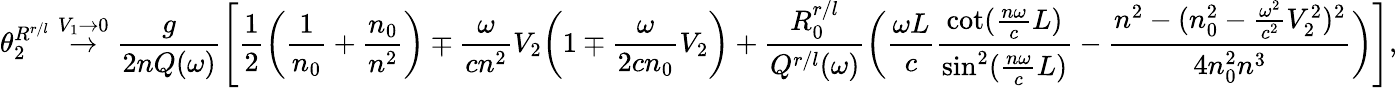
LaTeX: \theta_{2}^{R^{r/l}}\stackrel{V_{1}\rightarrow 0}{\rightarrow}\frac{g}{2nQ(\omega)}\left[\frac{1}{2}\bigg(\frac{1}{n_{0}}+\frac{n_{0}}{n^{2}}\bigg)\mp\frac{\omega}{cn^{2}}V_{2}\bigg(1\mp\frac{\omega}{2cn_{0}}V_{2}\bigg)+\frac{R_{0}^{r/l}}{Q^{r/l}(\omega)}\bigg(\frac{\omega L}{c}\frac{\cot(\frac{n\omega}{c}L)}{\sin^{2}(\frac{n\omega}{c}L)}-\frac{n^{2}-(n_{0}^{2}-\frac{\omega^{2}}{c^{2}}V_{2}^{2})^{2}}{4n_{0}^{2}n^{3}}\bigg)\right],